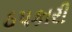
ઠપકારી